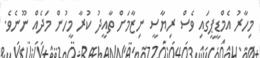
މިހާރު އެމްޑީޕީގައި ވެސް ރިޔާސީ ނިޒާމަށް ތާއީދު ކުރާ މީހުން މަދެއް ނޫނެވެ.